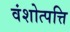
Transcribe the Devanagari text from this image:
वंशोत्पत्ति